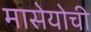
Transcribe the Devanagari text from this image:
मासेयोची